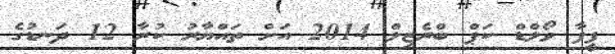
ފީފާ ވޯލްޑް ކަޕް ބްރެޒިލް 2014 އަށް ތައްޔާރު ކުރާ 12 ދަނޑުގެ